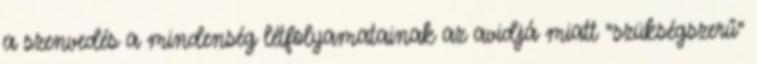
a szenvedés a mindenség létfolyamatainak az avidjá miatt "szükségszerű"